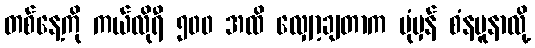
တစ်နေ့ကို ကယ်လိုရီ ၅၀၀ အထိ လျှော့ချတာက ပုံမှန် စံနမူနာလို့